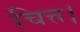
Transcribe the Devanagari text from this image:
चित्त।